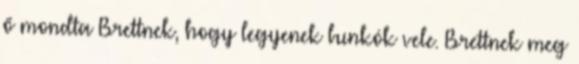
ő mondta Brettnek, hogy legyenek bunkók vele. Brettnek meg